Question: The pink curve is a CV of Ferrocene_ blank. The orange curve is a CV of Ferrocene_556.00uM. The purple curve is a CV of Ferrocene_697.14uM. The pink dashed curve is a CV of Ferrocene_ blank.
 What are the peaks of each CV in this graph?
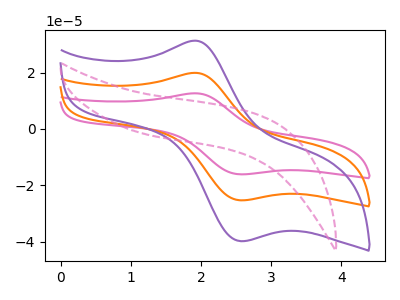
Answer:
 <answer>The pink curve "Ferrocene_ blank" has an anodic peak at (1.90V, 39.90uA) and a cathodic peak at (2.55V, -50.70uA). The orange curve "Ferrocene_556.00uM" has an anodic peak at (1.90V, 19.95uA) and a cathodic peak at (2.55V, -25.35uA). The purple curve "Ferrocene_697.14uM" has an anodic peak at (1.90V, 31.40uA) and a cathodic peak at (2.55V, -39.85uA). The pink dashed curve "Ferrocene_ blank" has no peaks.</answer>
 <eval></eval>